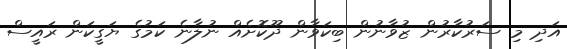
އަދި މި ސަރުކާރުން ޒުވާނުން ބިކަވާން ދޫކޮށެއް ނުލާނެ ކަމުގެ ޔަގީކަން ރައީސް